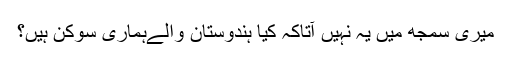
میری سمجھ میں یہ نہیں آتاکہ کیا ہندوستان والےہماری سوکن ہیں؟